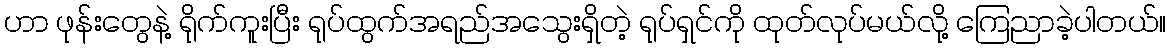
ဟာ ဖုန်းတွေနဲ့ ရိုက်ကူးပြီး ရုပ်ထွက်အရည်အသွေးရှိတဲ့ ရုပ်ရှင်ကို ထုတ်လုပ်မယ်လို့ ကြေညာခဲ့ပါတယ်။